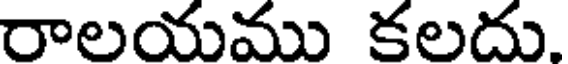
రాలయము కలదు.